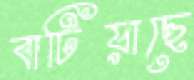
বাটিয়াছে